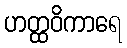
ဟတ္ထဝိကာရေ